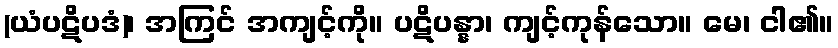
(ယံပဋိပဒံ)၊ အကြင် အကျင့်ကို။ ပဋိပန္နာ၊ ကျင့်ကုန်သော။ မေ၊ ငါ၏။